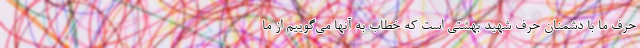
حرف ما با دشمنان حرف شهید بهشتی است که خطاب به آنها می‌گوییم از ما